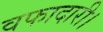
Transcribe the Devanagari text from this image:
वफादारी।